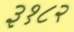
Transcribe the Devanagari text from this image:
३१८२